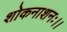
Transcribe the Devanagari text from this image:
शोकनाशनः।।